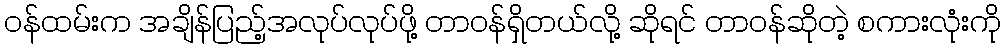
ဝန်ထမ်းက အချိန်ပြည့်အလုပ်လုပ်ဖို့ တာဝန်ရှိတယ်လို့ ဆိုရင် တာဝန်ဆိုတဲ့ စကားလုံးကို